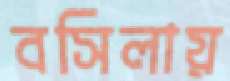
বসিলায়